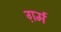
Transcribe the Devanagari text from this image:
ग़र्म